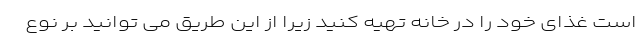
است غذای خود را در خانه تهیه کنید زیرا از این طریق می توانید بر نوع